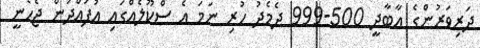
ދަރިވަރުންގެ އާބާދީ 500-999 ދެމެދު ހުރި ނަމަ އެ ސްކޫލެއްގައި އުފައްދަން ޖެހެނީ